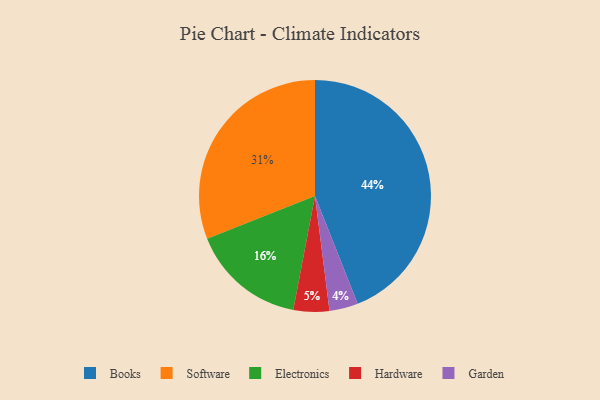
{"axis": {"x": "Category", "y": "Percentage"}, "legend": ["Books", "Electronics", "Garden", "Hardware", "Software"], "data": [{"x": "Books", "y": 44, "type": "Books"}, {"x": "Electronics", "y": 16, "type": "Electronics"}, {"x": "Software", "y": 31, "type": "Software"}, {"x": "Hardware", "y": 5, "type": "Hardware"}, {"x": "Garden", "y": 4, "type": "Garden"}]}